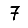
Digit: 7